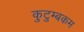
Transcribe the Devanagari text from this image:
कुटुम्‍बकम